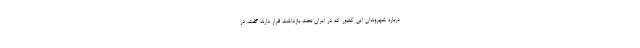
درباره شهروندان این کشور که در ایران تحت بازداشت قرار دارند گفت، در